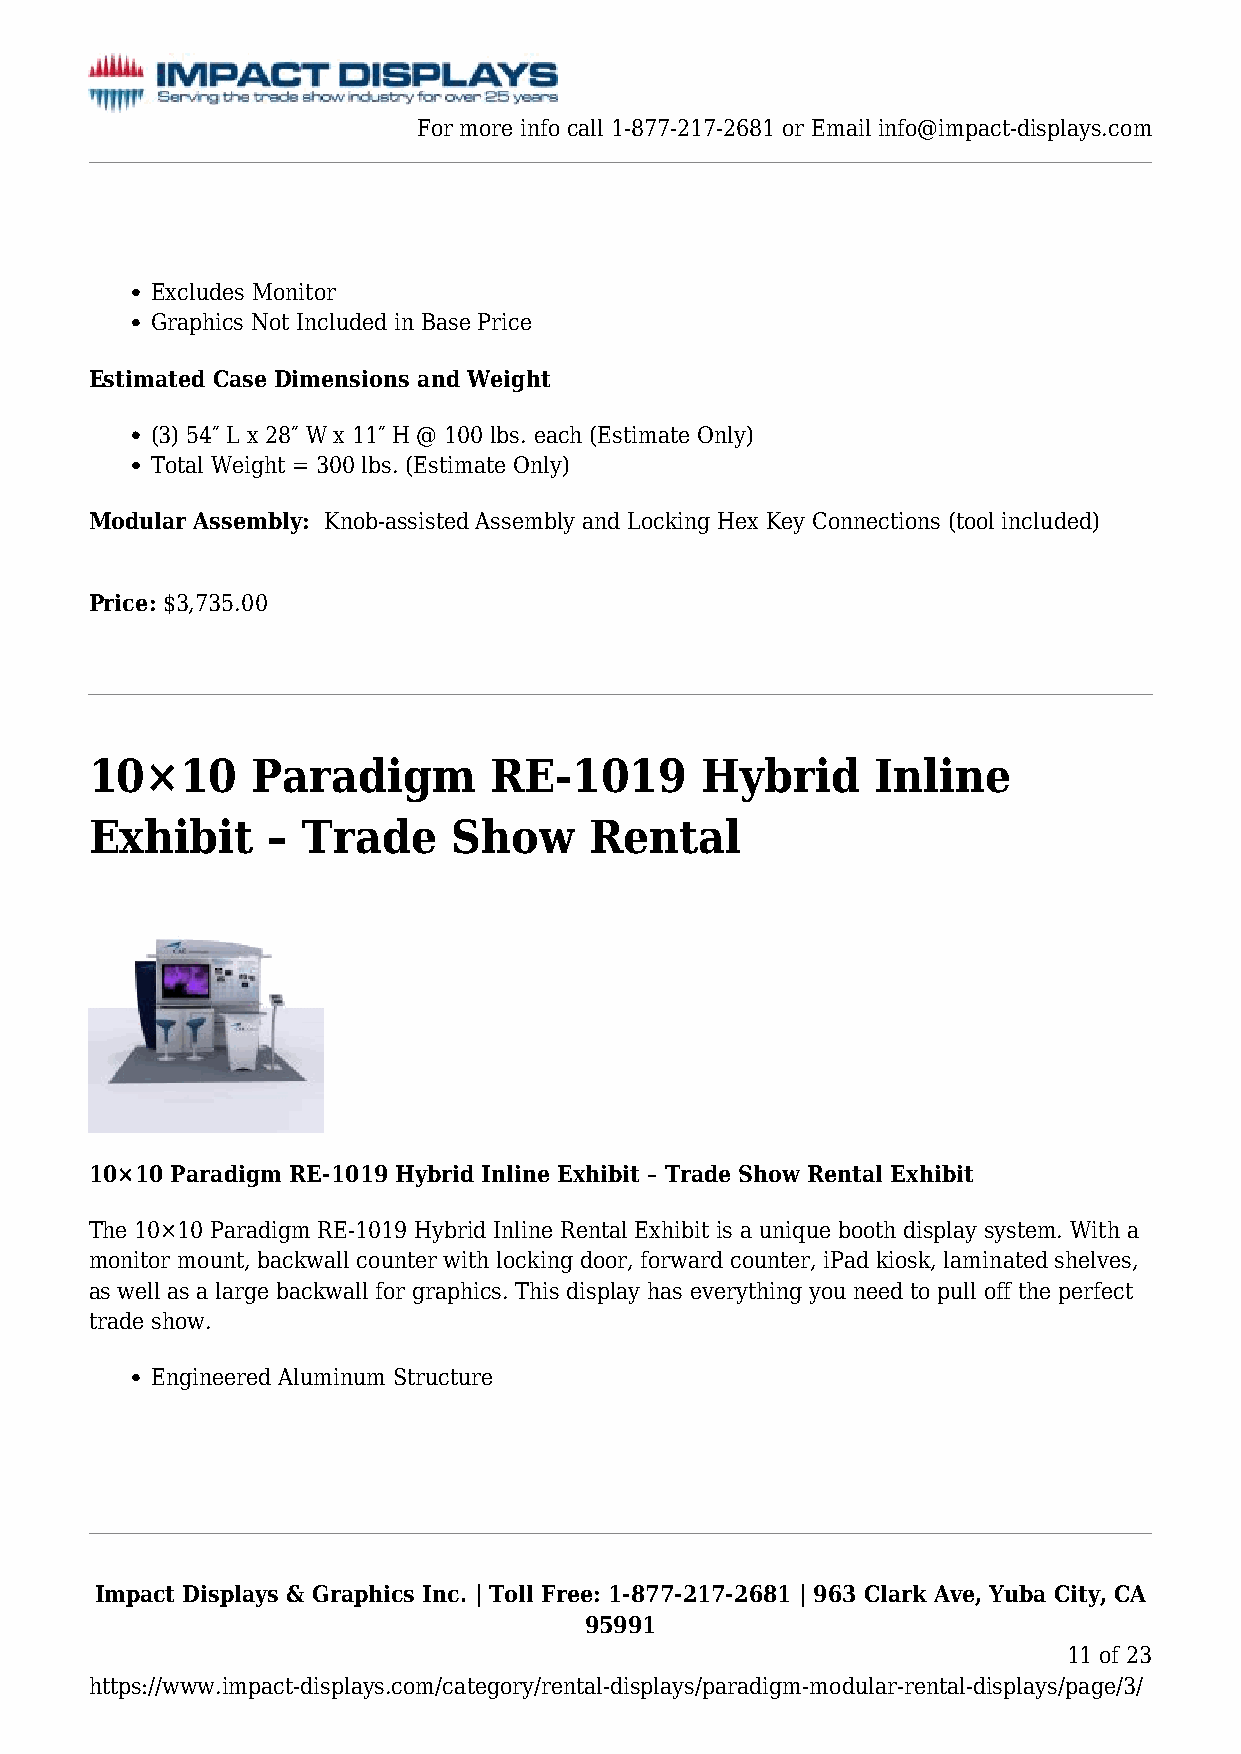
For more info call 1-877-217-2681 or Email info@impact-displays.com
 Excludes Monitor
 Graphics Not Included in Base Price
 Estimated Case Dimensions and Weight
 (3) 54″ L x 28″ W x 11″ H @ 100 lbs. each (Estimate Only)
 Total Weight = 300 lbs. (Estimate Only)
 Modular Assembly: Knob-assisted Assembly and Locking Hex Key Connections (tool included)
 Price: $3,735.00
 10×10      Paradigm       RE-1019       Hybrid      Inline
 Exhibit     – Trade     Show     Rental
 10×10 Paradigm RE-1019 Hybrid Inline Exhibit – Trade Show Rental Exhibit
 The 10×10 Paradigm RE-1019 Hybrid Inline Rental Exhibit is a unique booth display system. With a
 monitor mount, backwall counter with locking door, forward counter, iPad kiosk, laminated shelves,
 as well as a large backwall for graphics. This display has everything you need to pull off the perfect
 trade show.
 Engineered Aluminum Structure
 Impact Displays & Graphics Inc. | Toll Free: 1-877-217-2681 | 963 Clark Ave, Yuba City, CA
 95991
 11 of 23
 https://www.impact-displays.com/category/rental-displays/paradigm-modular-rental-displays/page/3/